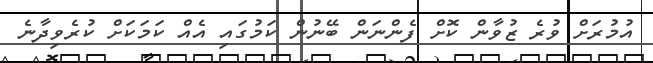
އުމުރަށް ވުރެ ޒުވާން ކޮށް ފެންނަން ބޭނުން ކަމުގައި އެއް ކަމަކަށް ކުރެވިދާނެ